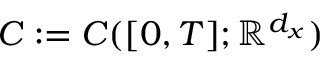
C : = C ( [ 0 , T ] ; \mathbb { R } ^ { d _ { x } } )